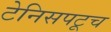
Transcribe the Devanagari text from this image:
टेनिसपटूच